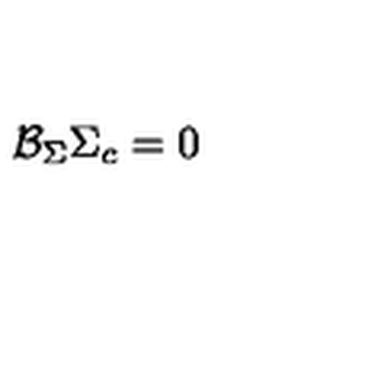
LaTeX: { \cal B } _ { \Sigma } \Sigma _ { c } = 0